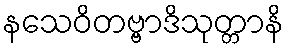
နသေဝိတဗ္ဗာဒိသုတ္တာနိ